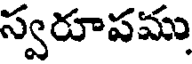
స్వరూపము